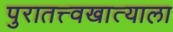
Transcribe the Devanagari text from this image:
पुरातत्त्वखात्याला